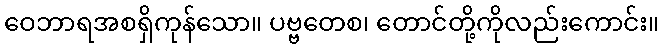
ဝေဘာရအစရှိကုန်သော။ ပဗ္ဗတေစ၊ တောင်တို့ကိုလည်းကောင်း။